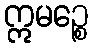
ဣမဉ္စေ